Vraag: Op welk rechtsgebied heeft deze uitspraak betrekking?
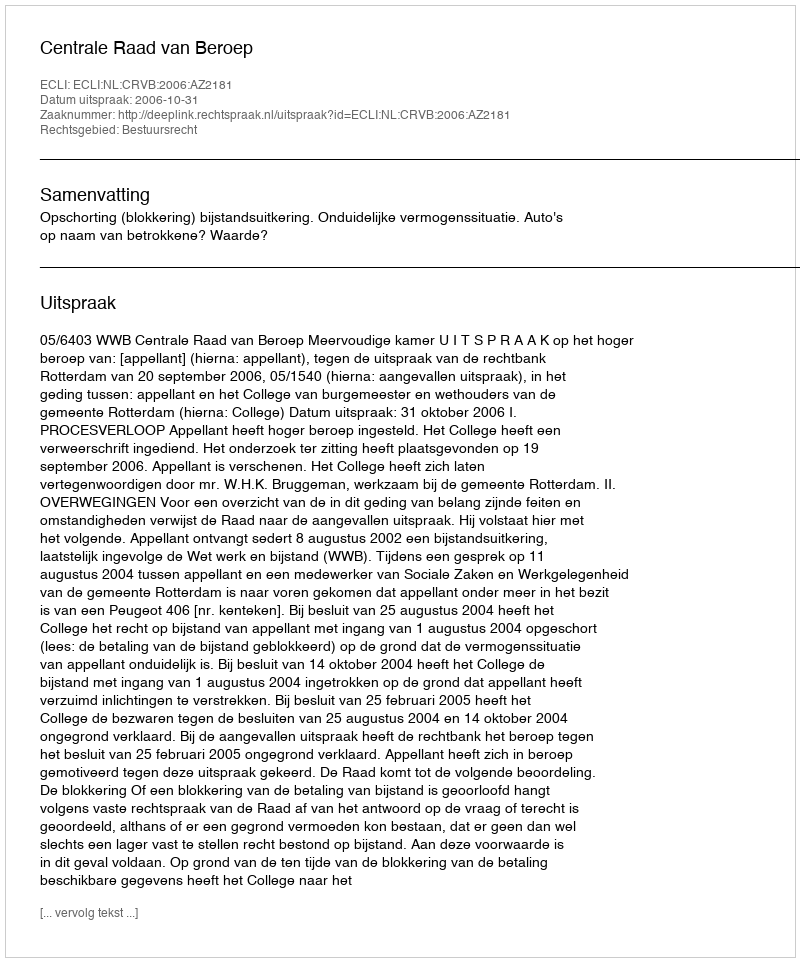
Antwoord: Bestuursrecht